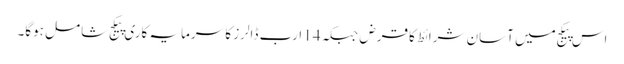
اس پیکج میں آسان شرائط کا قرض جبکہ 14 ارب ڈالرز کا سرمایہ کاری پیکج شامل ہوگا۔